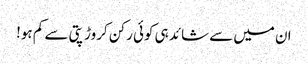
ان میں سے شائد ہی کوئی رکن کروڑ پتی سے کم ہو!